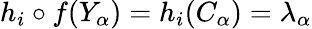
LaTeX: h_{i}\circ f(Y_{\alpha})=h_{i}(C_{\alpha})=\lambda_{\alpha}